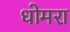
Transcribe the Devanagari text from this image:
धोमरा